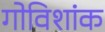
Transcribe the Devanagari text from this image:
गोविशांक